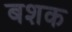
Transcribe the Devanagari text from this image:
बशक